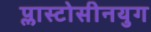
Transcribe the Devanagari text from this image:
प्लास्टोसीनयुग